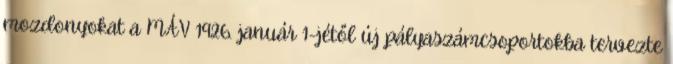
mozdonyokat a MÁV 1926. január 1-jétől új pályaszámcsoportokba tervezte